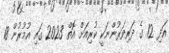
އަދި 12 ގެ ދަރިވަރުންނަކީ ކުރިއަށް އޮތް 2023 ގައި އުމުރުން 18